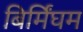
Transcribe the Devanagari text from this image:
बिर्मिंघम